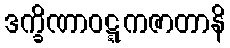
ဒက္ခိဏာဝဋ္ဋကဇာတာနိ